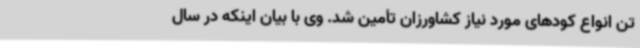
تن انواع کودهای مورد نیاز کشاورزان تأمین شد. وی با بیان اینکه در سال